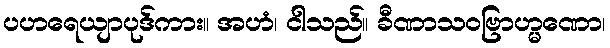
ပဟရေယျာပုဒ်ကား။ အဟံ၊ ငါသည်။ ခီဏာသဝဗြာဟ္မဏော၊